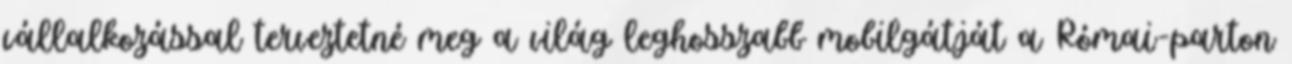
vállalkozással terveztetné meg a világ leghosszabb mobilgátját a Római-parton